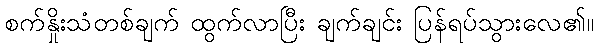
စက်နှိုးသံတစ်ချက် ထွက်လာပြီး ချက်ချင်း ပြန်ရပ်သွားလေ၏။